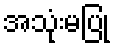
အသုံးမပြု